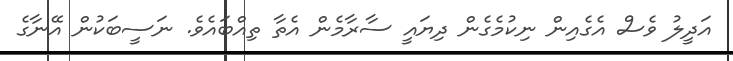
އަދީލު ވެސް އެގެއިން ނިކުމެގެން ދިޔައީ ސާރާމެން އެތާ ތިއްބައެވެ. ނަސީބަކުން އޭނާގެ